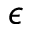
\protect \epsilon